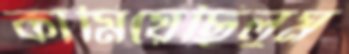
কামিয়েছিলুম